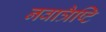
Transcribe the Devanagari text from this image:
नवात्रैष्टि